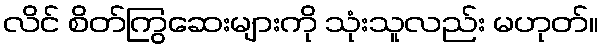
လိင် စိတ်ကြွဆေးများကို သုံးသူလည်း မဟုတ်။